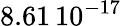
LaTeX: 8.61\, {10}^{-17}